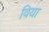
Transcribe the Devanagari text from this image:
विया